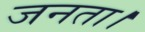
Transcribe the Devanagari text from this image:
जनता।